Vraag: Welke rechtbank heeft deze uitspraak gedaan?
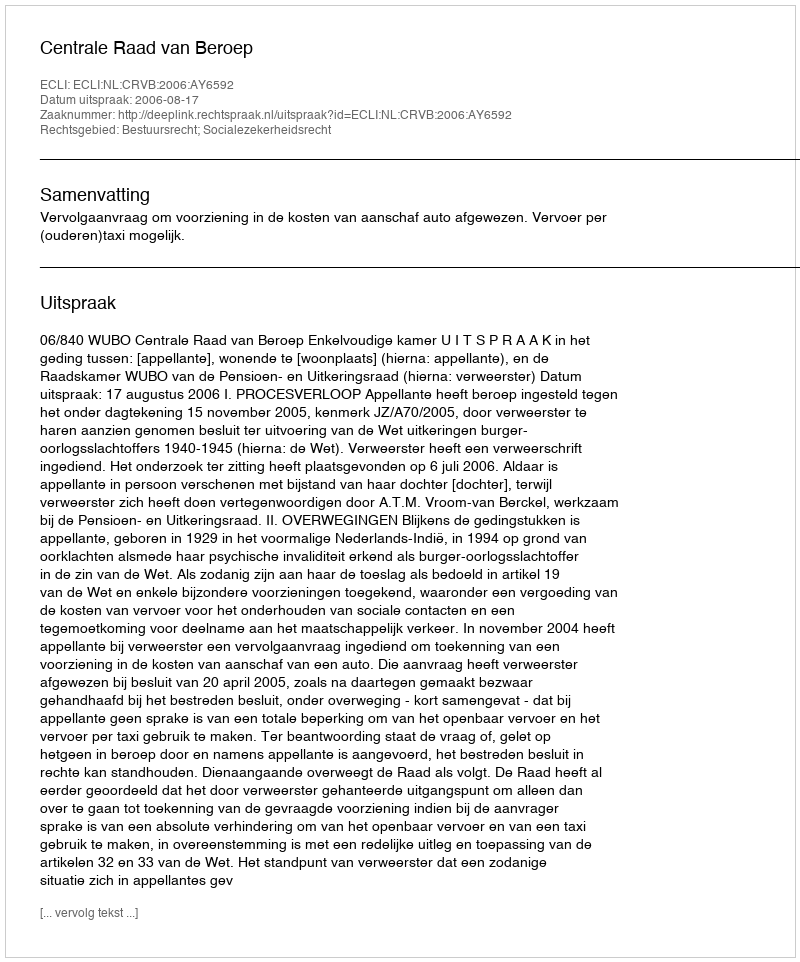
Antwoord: Centrale Raad van Beroep